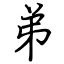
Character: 弟